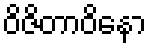
ဝိဇိတာဝိနော